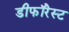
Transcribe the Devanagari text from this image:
डीफॉरेस्ट